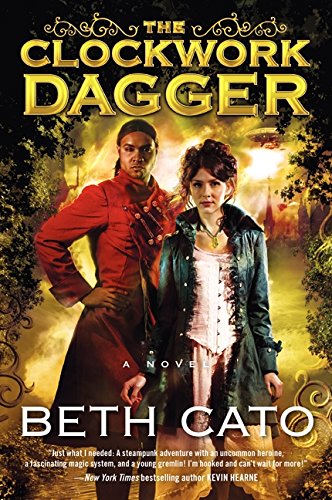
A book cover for The Clockwork Dagger: A Novel (A Clockwork Dagger Novel); Beth Cato; Science Fiction & Fantasy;